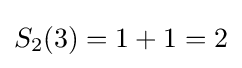
S_{2}(3)=1+1=2